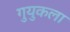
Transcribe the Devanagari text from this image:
गुयुकला